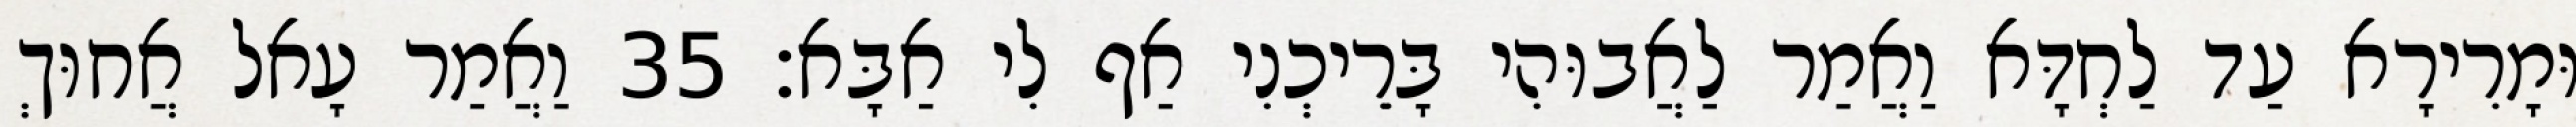
וּמָרִירָא עַד לַחְדָּא וַאֲמַר לַאֲבוּהִי בָּרֵיכְנִי אַף לִי אַבָּא׃ 35 וַאֲמַר עָאל אֲחוּךְ